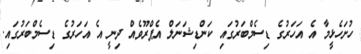
ހުށަހެޅީމާ އެ އަހަރުގެ ޑިސެމްބަރުގައި ކަންޑިޝަނަލް އެޕްރޫވެއް ދިނީ އެ އަހަރުގެ ޑިސެމްބަރުގައި.